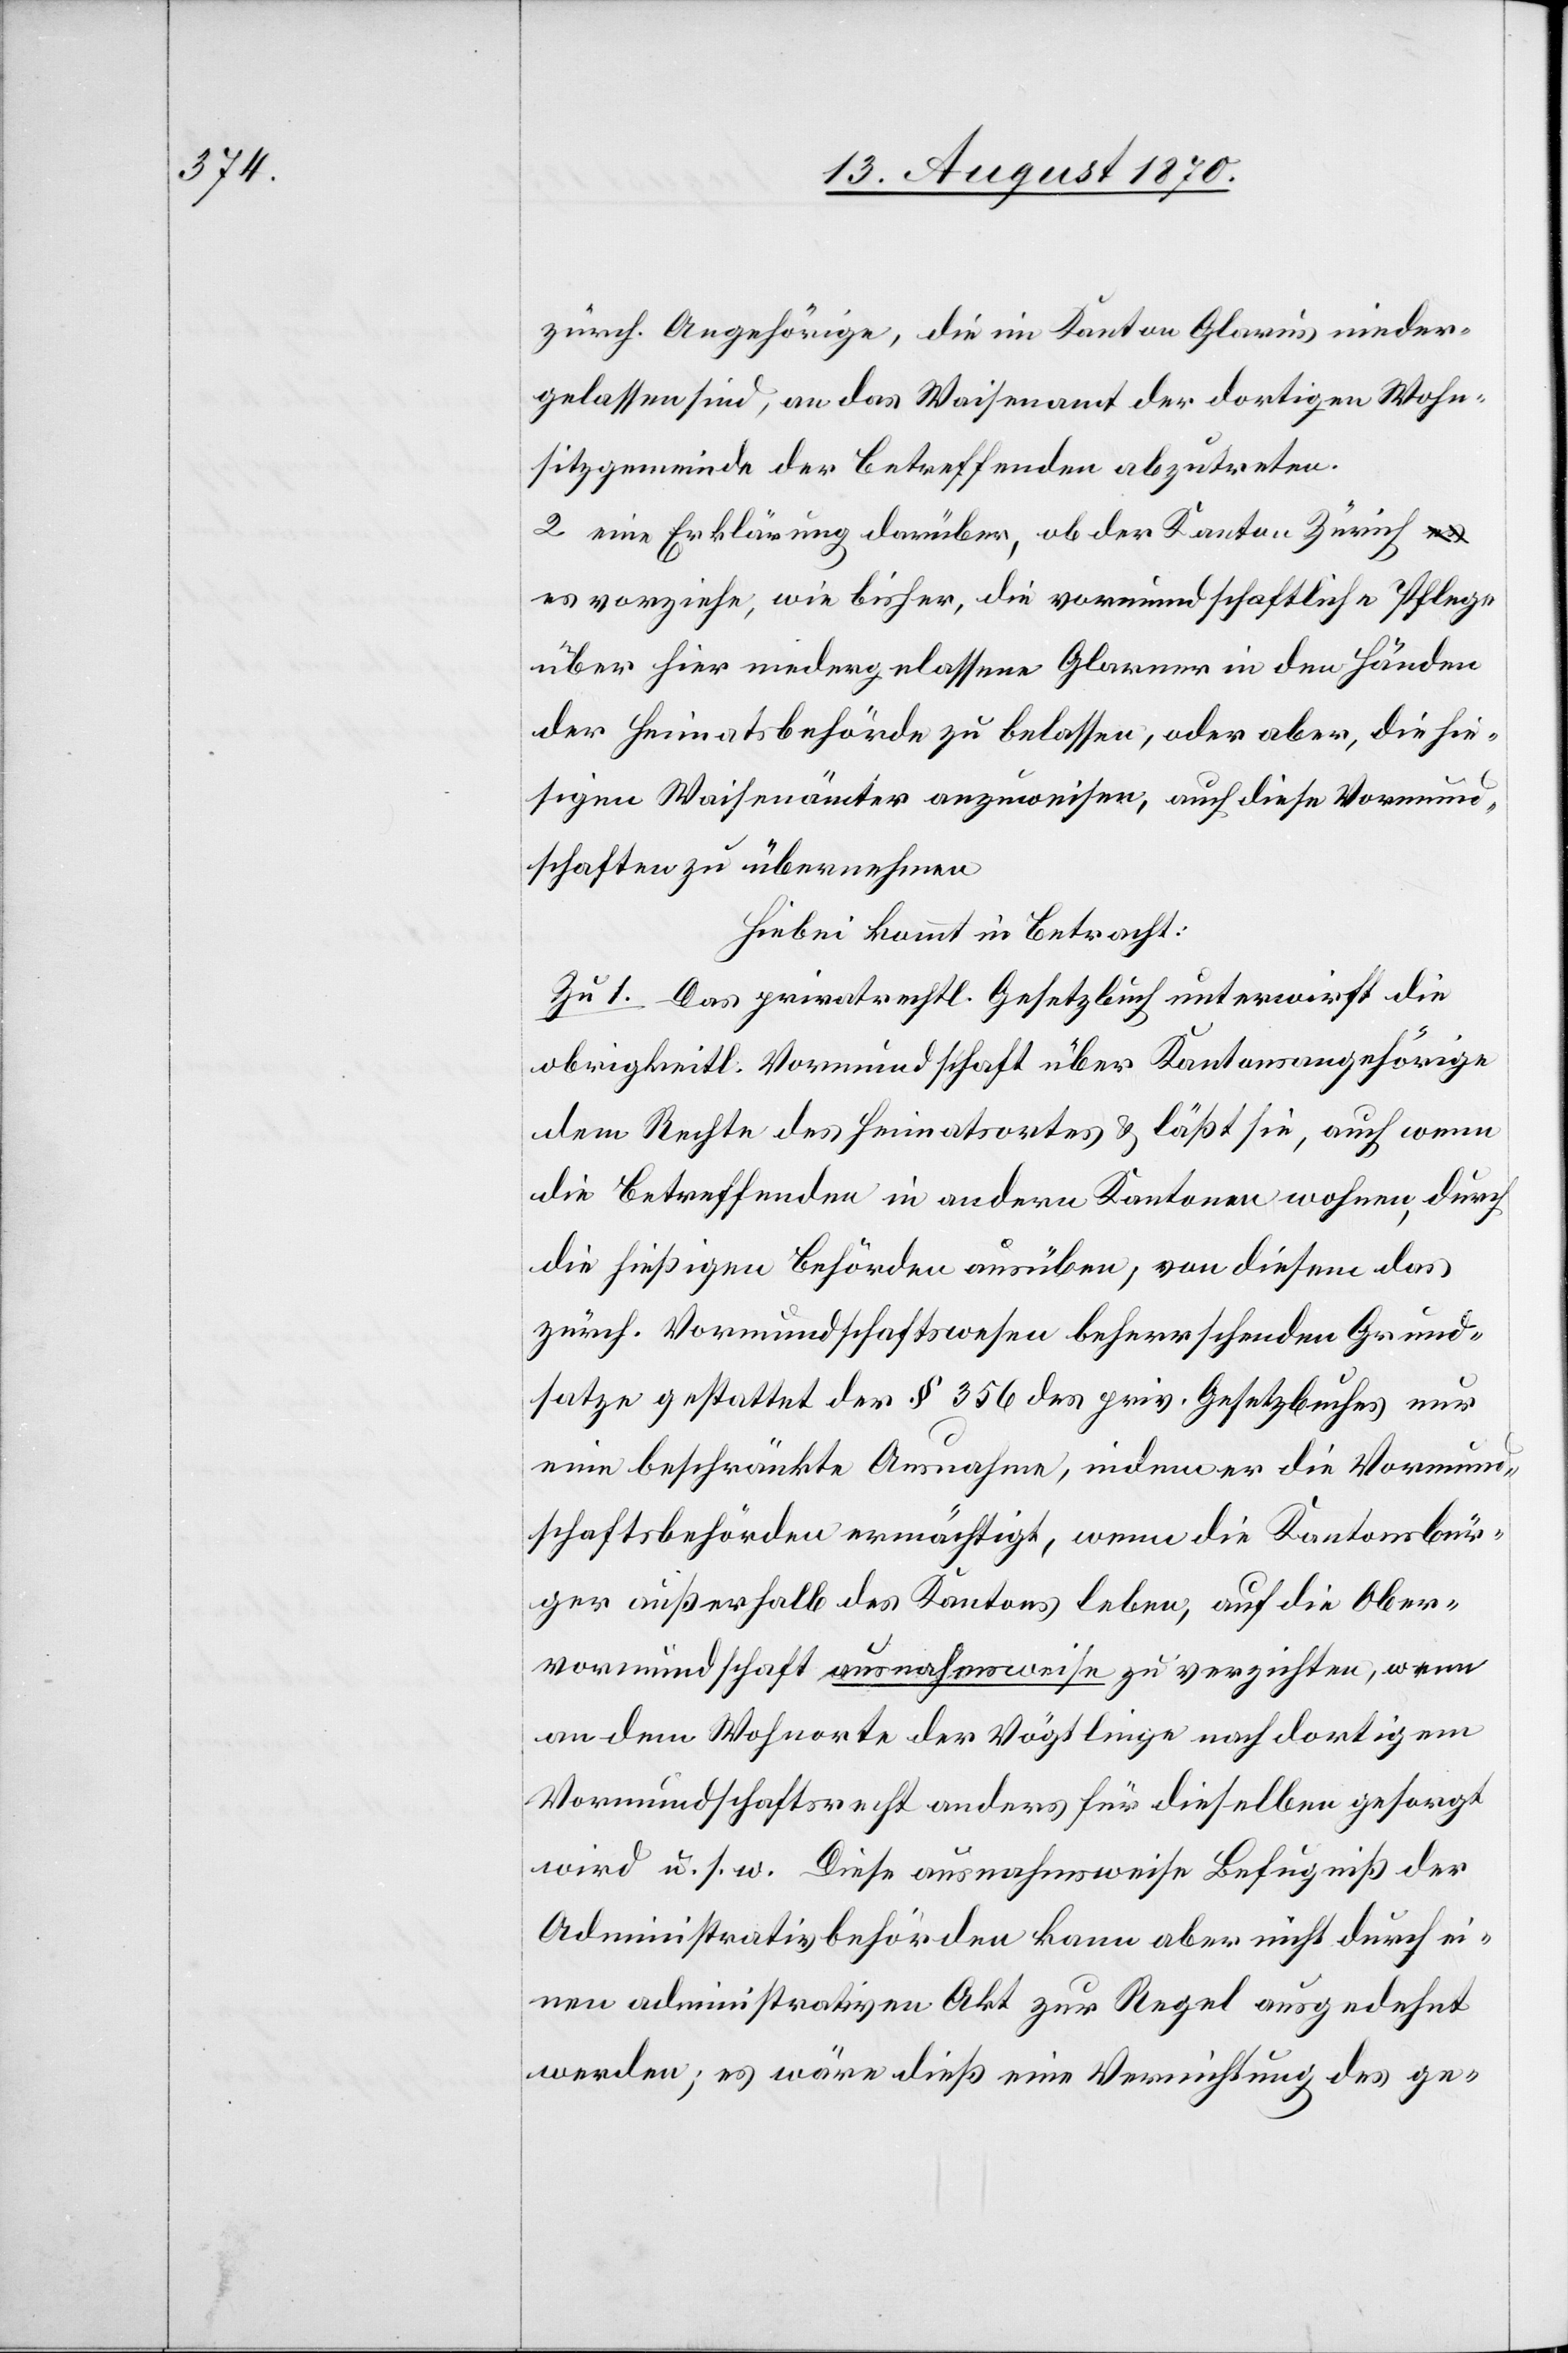
zürch. Angehörige, die im Kanton Glarus nieder¬
gelassen sin, an das Waisenamt der dortigen Wohn¬
sitzgemeinde der Betreffenden abzutreten.
2. eine Erklärung darüber, ob der Kanton Zürich
es vorziehe, wie bisher, die vormundschaftliche Pflege
über hier niedergelassene Glarner in den Händen
der Heimatsbehörden zu belassen, oder aber, die hie¬
sigen Waisenämter anzuweisen, auch diese Vormund¬
schaften zu übernehmen.
Hiebei kommt in Betracht:
Zu 1. Das privatrechtl. Gesetzbuch unterwirft die
obrigkeitl. Vormundschaft über Kantonsangehörige
dem Rechte des Heimatsortes & läßt sie, auch wenn
die Betreffenden in anderen Kantonen wohnen, durch
die hiesigen Behörden ausüben, von diesem das
zürich. Vormundschaftswesen beherrschenden Grund¬
satze gestattet der § 356 des priv. Gesetzbuches nur
eine beschränkte Ausnahme, indem er die Vormund¬
schaftsbehörden ermächtigt, wenn die Kantonsbür¬
ger außerhalb des Kantons leben, auf die Ober¬
vormundschaft ausnahmsweise zu verzichten, wenn
an dem Wohnorte der Vögtlinge nach dortigem
Vormundschaftsrecht anders für dieselben gesorgt
wird u. s. w. Diese ausnahmsweise Befugniß der
Administrativbehörden kann aber nicht durch ei¬
nen administrativen Akt zur Regel ausgedehnt
werden; es wäre dieß eine Vernichtung des ge-